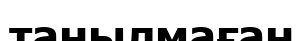
танылмаған